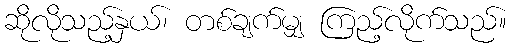
ဆိုလိုသည့်နှယ်၊ တစ်ချက်မျှ ကြည့်လိုက်သည်။